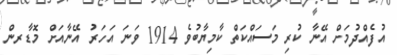
އުފެއްދުމަށް އޭނާ ކުރި މަސައްކަތް ކާމިޔާބުވެ 1914 ވަނަ އަހަރު އޭނާއަށް މޮޑާރން